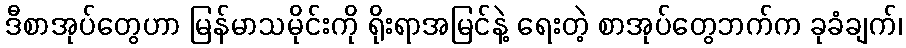
ဒီစာအုပ်တွေဟာ မြန်မာသမိုင်းကို ရိုးရာအမြင်နဲ့ ရေးတဲ့ စာအုပ်တွေဘက်က ခုခံချက်၊